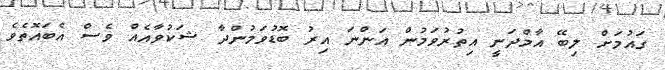
ގައުމަށް ލިބޭ އާމްދަނީ އިތުރުވަމުން އަންނަ އިރު ބޮޑުވަމުންދާ ޝަކުވާއެއް ވެސް އެބައޮތެވެ